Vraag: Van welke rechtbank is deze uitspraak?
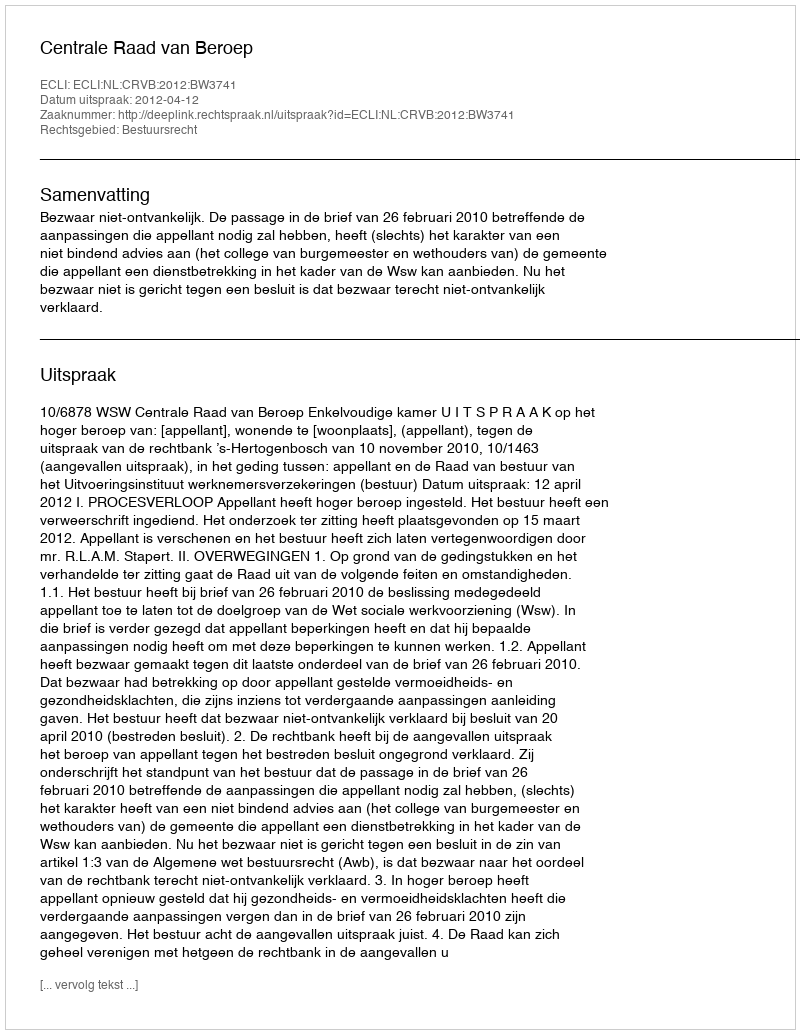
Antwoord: Centrale Raad van Beroep